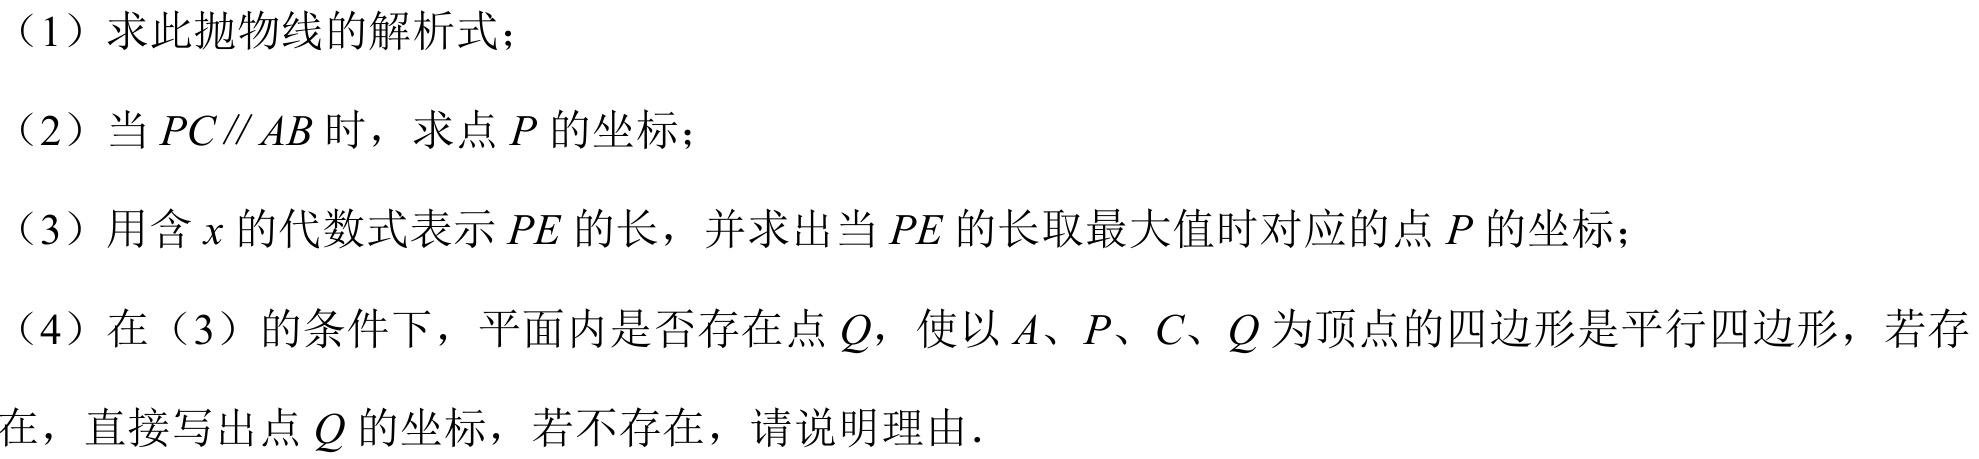
（1）求此抛物线的解析式；
（2）当\(PC\parallel AB\)时，求点\(P\)的坐标；
（3）用含\(x\)的代数式表示\(PE\)的长，并求出当\(PE\)的长取最大值时对应的点\(P\)的坐标；
（4）在（3）的条件下，平面内是否存在点\(Q\)，使以\(A、P、C、Q\)为顶点的四边形是平行四边形，若存在，直接写出点\(Q\)的坐标，若不存在，请说明理由.